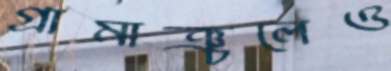
গ্রামাঞ্চলেও